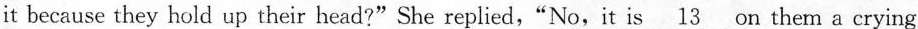
it because they hold up their head?"She replied,"No,it is \underline{13} on them a crying